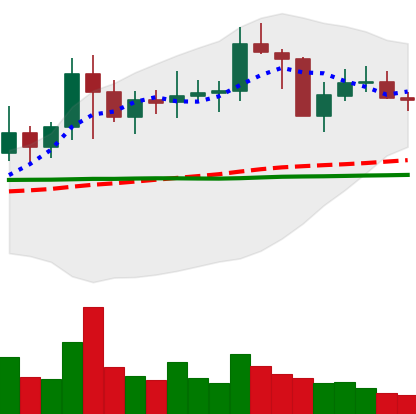
Ticker: NEO-USD
Chart end date: 2021-01-26
Forward return: -3.761%
Label: down_3_5